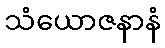
သံယောဇနာနံ